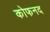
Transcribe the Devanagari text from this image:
कोफनद